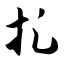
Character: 扎